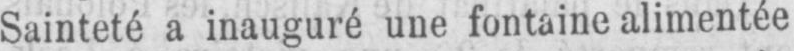
Sainteté a inauguré une fontaine alimentée